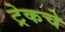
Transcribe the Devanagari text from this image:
ट्रेकचे